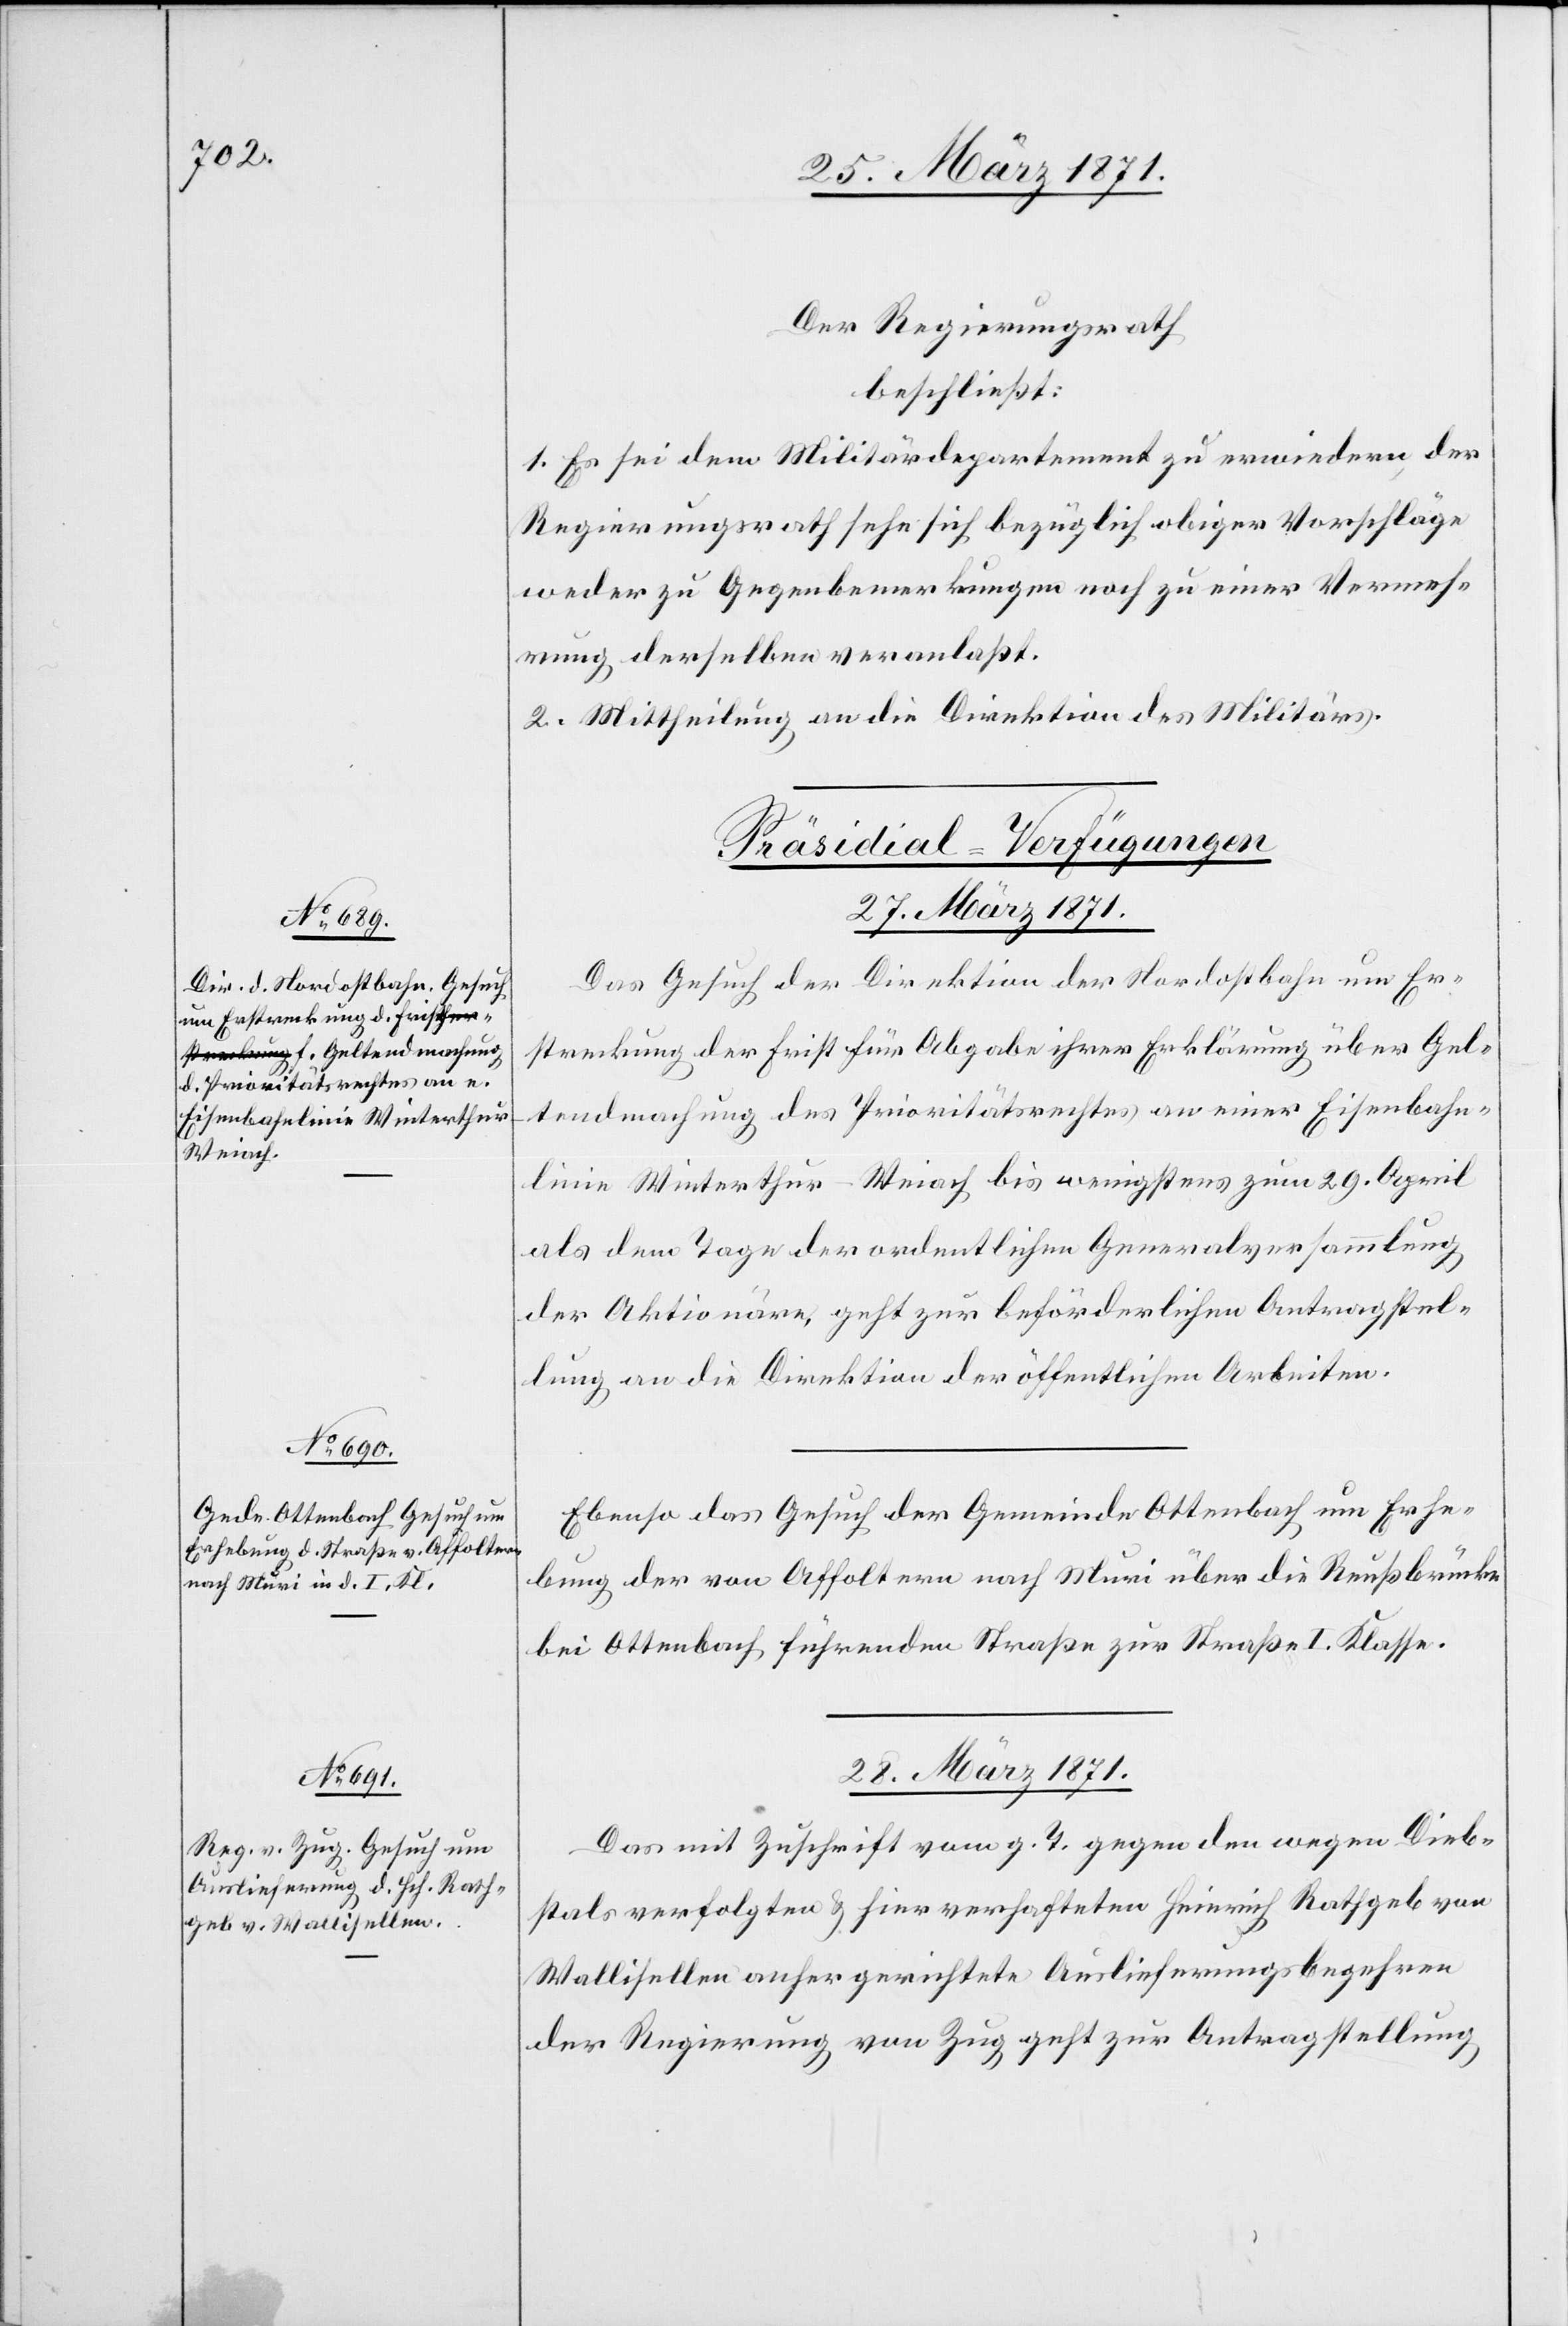
28. März 1871.
Der Regierungsrath
beschließt:
1. Es sei dem Militärdepartement zu erwiedern der
Regierungsrath sehe sich bezüglich obiger Vorschläge
weder zu Gegenbemerkungen noch zu einer Vermeh¬
rung derselben veranlaßt.
2. Mittheilung an die Direktion des Militärs.
[Präsidial-Verfügungen]
27. März 1871.]
Das Gesuch der Direktion der Nordostbahn um Er¬
streckung der Frist für Abgabe ihrer Erklärung über Gel¬
tendmachung des Prioritätsrechtes an einer Eisenbahn¬
linie Winterthur-Weiach bis wenigstens zum 29. April
als dem Tage der ordentlichen Generalversammlung
der Aktionäre, geht zur beförderlichen Antragstel¬
lung an die Direktion der öffentlichen Arbeiten.
Ebenso das Gesuch der Gemeinde Ottenbach um Erhe¬
bung der von Affoltern nach Muri über die Reußbrücke
bei Ottenbach führenden Straße zur Straße I. Klasse.
Das mit Zuschrift vom g. T. gegen den wegen Dieb¬
stals verfolgten u. hier verhafteten Heinrich Rathgeb von
Wallisellen anher gerichtete Auslieferungsbegehren
der Regierung von Zug geht zur Antragstellung